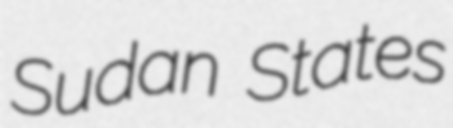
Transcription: Sudan States